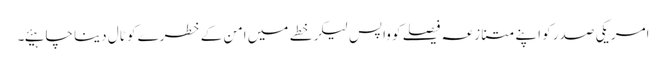
امریکی صدر کو اپنے متنازعہ فیصلے کو واپس لیکر خطے میں امن کے خطرے کو ٹال دینا چاہیئے۔